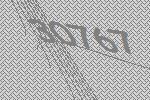
30767